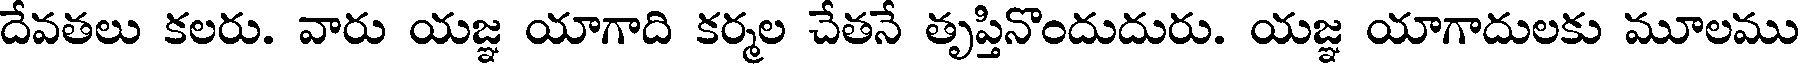
దేవతలు కలరు. వారు యజ్ఞ యాగాది కర్మల చేతనే తృప్తినొందుదురు. యజ్ఞ యాగాదులకు మూలము